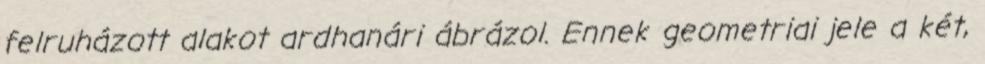
felruházott alakot ardhanári ábrázol. Ennek geometriai jele a két,